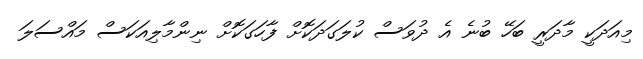
މިއަދަކީ މާދަރީ ބަހޭ ބުނެ އެ ދުވަސް ކުލަގަދަކޮށް ފާހަގަކޮށް ނިންމާލިއަކަސް މައްސަލަ